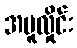
အပူလှိုင်း